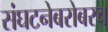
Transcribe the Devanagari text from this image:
संघटनेबरोबरच